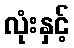
လုံးနှင့်